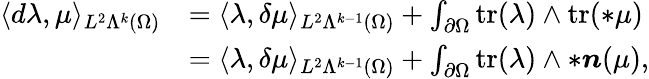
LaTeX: \begin{array}{rl}{\langle d\lambda,\mu\rangle_{L^{2}\Lambda^{k}(\Omega)}}&{=\langle\lambda,\delta\mu\rangle_{L^{2}\Lambda^{k-1}(\Omega)}+\int_{\partial\Omega}\mathrm{tr}(\lambda)\wedge\mathrm{tr}(\ast\mu)}\\ &{=\langle\lambda,\delta\mu\rangle_{L^{2}\Lambda^{k-1}(\Omega)}+\int_{\partial\Omega}\mathrm{tr}(\lambda)\wedge\ast\boldsymbol{n}(\mu),}\end{array}